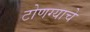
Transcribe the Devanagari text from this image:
टोणग्याचे